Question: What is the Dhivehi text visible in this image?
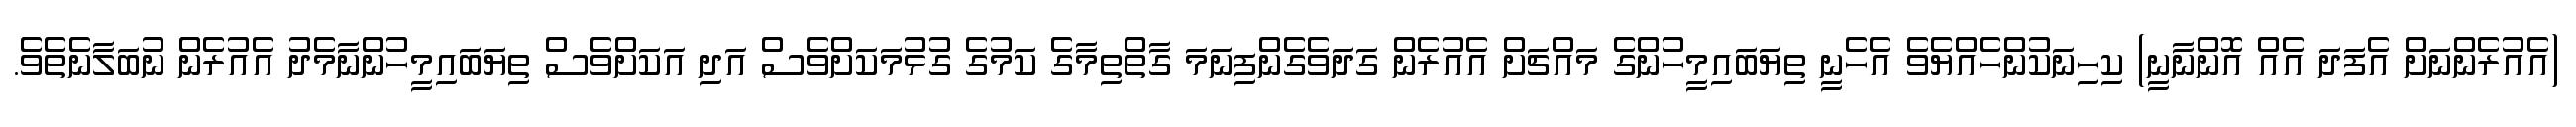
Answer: (އެއުރެންނަށް އެފަދަ އެއް އޮންނާނީ) ކިހިނަކުންހެއްޔެވެ އެހެނީ ތިޔަބައިމީހުންގެ މައްޗަށް އެއުރެން ގަދަވެގެންފިނަމަ ގާތްތިމާގެ ކަމުގެ ގުޅުމަކަށްވެސް އަދި އަކަށްވެސް ތިޔަބައިމީހުންނާމެދު އެއުރެން ނުބަލާނެތެވެ.